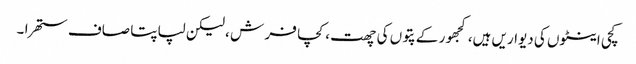
کچی اینٹوں کی دیواریں ہیں، کجھور کے پتوں کی چھت ، کچا فر ش ، لیکن لپاپتا صاف ستھرا ۔